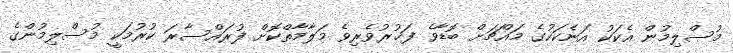
މުސްލިމުން އެކަކު އަނެކަކުގެ މައްޗަށް ބޮޑާވެ ފަޚުރުވެރިވެ މަލާމާތްކޮށް ފުރައްސާރަ ކުރުމަކީ މުސްލިމުންގެ